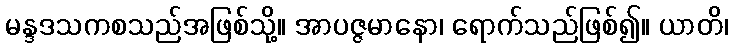
မန္ဒဒသကစသည်အဖြစ်သို့။ အာပဇ္ဇမာနော၊ ရောက်သည်ဖြစ်၍။ ယာတိ၊